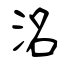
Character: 洺